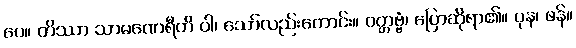
ပေ။ တိဿာ သာမဏေရီတိ ဝါ၊ သော်လည်းကောင်း။ ဝတ္တဗ္ဗံ၊ ပြောဆိုရာ၏။ ပုန၊ ဖန်။